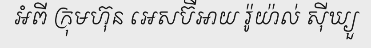
អំពី ក្រុមហ៊ុន អេសប៊ីអាយ រ៉ូយ៉ាល់ ស៊ីឃ្យួ